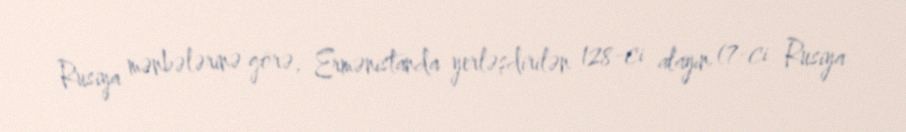
Rusiya mənbələrinə görə, Ermənistanda yerləşdirilən 128-ci alayın (7-ci Rusiya